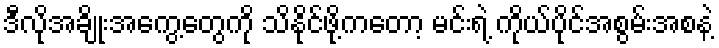
ဒီလိုအချိုးအကွေ့တွေကို သိနိုင်ဖို့ကတော့ မင်းရဲ့ ကိုယ်ပိုင်အစွမ်းအစနဲ့